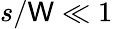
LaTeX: s/\mathsf{W}\ll1